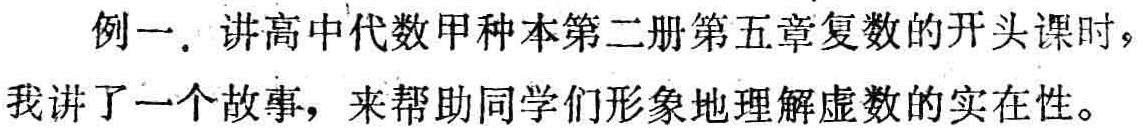
例一. 讲高中代数甲种本第二册第五章复数的开头课时，我讲了一个故事，来帮助同学们形象地理解虚数的实在性。